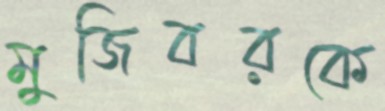
মুজিবরকে